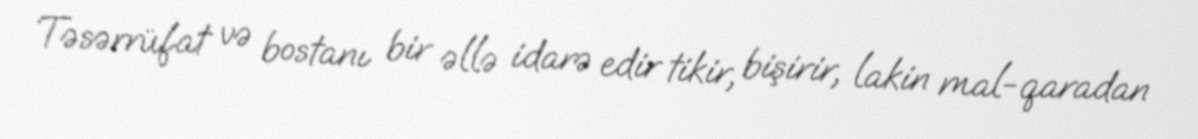
Təsərrüfat və bostanı bir əllə idarə edir tikir, bişirir, lakin mal-qaradan